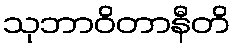
သုဘာဝိတာနီတိ